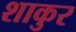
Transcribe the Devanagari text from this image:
शाकुर